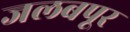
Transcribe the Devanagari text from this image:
जलबपूर